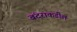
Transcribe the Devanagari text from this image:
बंदराकडील